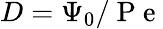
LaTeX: D=\Psi_{0}/\mathrm{~P~e~}